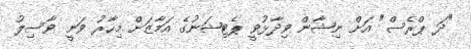
"ދަ ޕްރެސް" އަށް ނިޝާން ވިދާޅުވީ ޕެޓިޝަނުގެ އަމާޒަށް މިހާރު ވަނީ ވާސިލު